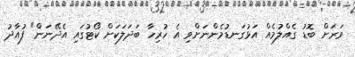
ވަރަށް ބޮޑު ގެއްލުމެއް އަޅުގަނޑުމެންނަށްވި އެ ހުރިހާ ބަދަލަކަށް ކޯޓުގައި އެދޭނަން" ފުއާދު